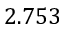
2 . 7 5 3